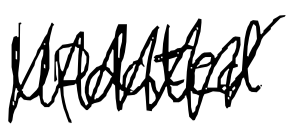
Text: updated
Cross-out: zig-zag
Writing tool: digital_black